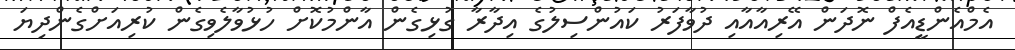
އެމްއެންޑީއެފް ނޮދަން އޭރިއާއާއި ދުވާފަރު ކައުންސިލުގެ އިދާރާ ގުޅިގެން އާންމުކޮށް ހުޅުވާލެވިގެން ކުރިއަށްގެންދިޔަ